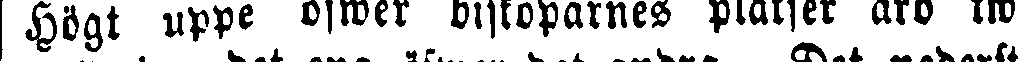
Högt uppe öfwer biskoparnes platser äro tw